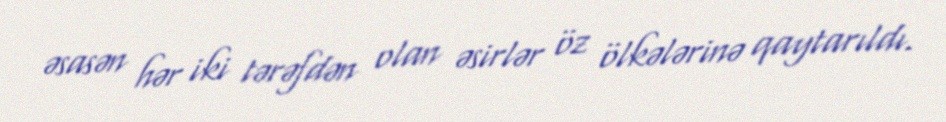
əsasən hər iki tərəfdən olan əsirlər öz ölkələrinə qaytarıldı.